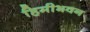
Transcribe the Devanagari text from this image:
हिमीभवन